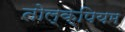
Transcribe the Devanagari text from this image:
तोल्क्पियम